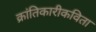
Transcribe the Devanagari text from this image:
क्रांतिकारीकविता